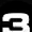
Digit: 3